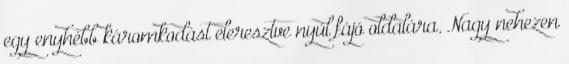
egy enyhébb káromkodást eleresztve nyúl fájó oldalára. Nagy nehezen